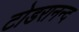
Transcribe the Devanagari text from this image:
टोडरानन्द